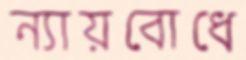
ন্যায়বোধে